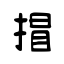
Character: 𢯾